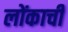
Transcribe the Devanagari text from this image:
लोंकाची